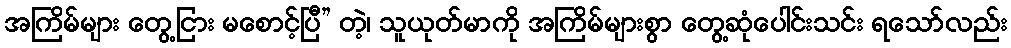
အကြိမ်များ တွေ့ငြား မစောင့်ပြီ” တဲ့၊ သူယုတ်မာကို အကြိမ်များစွာ တွေ့ဆုံပေါင်းသင်း ရသော်လည်း